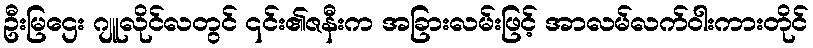
ဦးမြဌေး ဂျူလိုင်လတွင် ၎င်း၏ဇနီးက အခြားလမ်းဖြင့် အာလမ်လက်ဝါးကားတိုင်